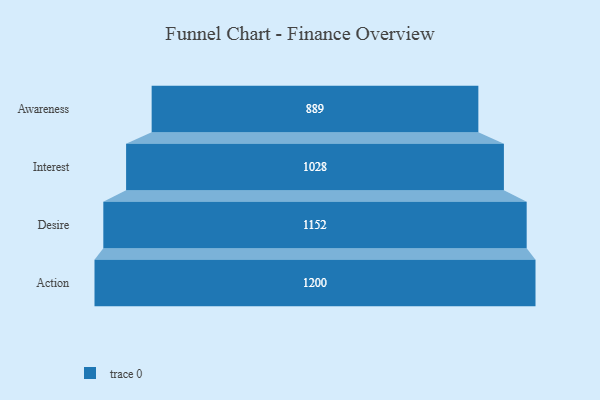
{"axis": {"x": "Stage", "y": "Value"}, "legend": [""], "data": [{"x": "Awareness", "y": 889.0, "type": ""}, {"x": "Interest", "y": 1028.0, "type": ""}, {"x": "Desire", "y": 1152.0, "type": ""}, {"x": "Action", "y": 1200.0, "type": ""}]}